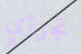
تجرؤي